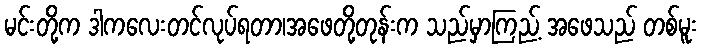
မင်းတို့က ဒါကလေးတင်လုပ်ရတာ၊အဖေတို့တုန်းက သည်မှာကြည့် အဖေသည် တစ်မူး